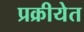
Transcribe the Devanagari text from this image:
प्रक्रीयेत